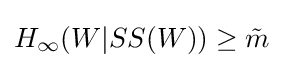
H_{\infty }(W|SS(W))\geq {\tilde {m}}